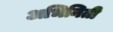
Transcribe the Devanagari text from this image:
अभिनिती